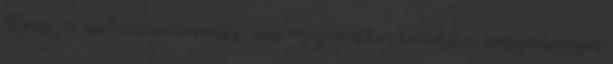
Kong, a modern metropolisz, ami ugyanakkor kötődik a hagyományos